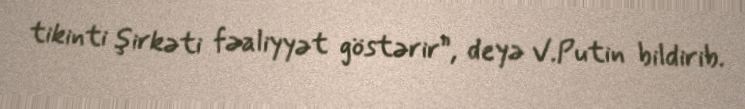
tikinti şirkəti fəaliyyət göstərir”, deyə V.Putin bildirib.